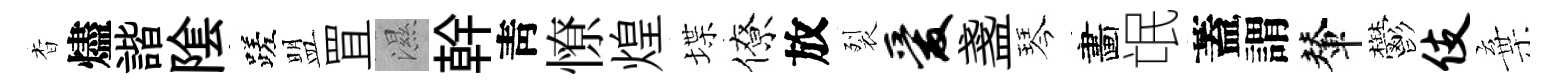
杳燼諧隂蹉盟罝濕幹靑憭煌堞僚放裂爱盞琴畵氓蓋謂輦鬱伎棄